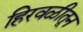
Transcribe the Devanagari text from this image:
हिरवळीतून